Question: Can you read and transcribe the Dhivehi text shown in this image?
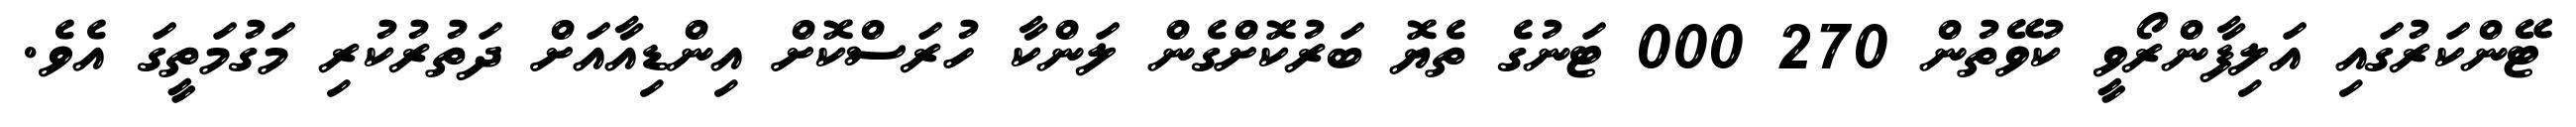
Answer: ޓޭންކަރުގައި އަލިފާންރޯވީ ކުވޭތުން 270 000 ޓަނުގެ ތެޔޮ ބަރުކޮށްގެން ލަންކާ ހުރަސްކޮށް އިންޑިއާއަށް ދަތުރުކުރި މަގުމަތީގަ އެވެ.